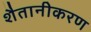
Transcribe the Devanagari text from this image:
शैतानीकरण